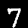
Label: 7